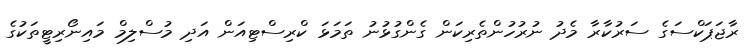
ރާޖަޕަކްސަގެ ސަރުކާރާ މެދު ނުރުހުންތެރިކަން ގެންގުޅުނު ތަމަޅަ ކްރިސްޓިއަން އަދި މުސްލިމް މައިނޯރިޓީތަކުގެ